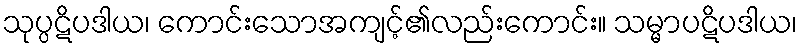
သုပ္ပဋိပဒါယ၊ ကောင်းသောအကျင့်၏လည်းကောင်း။ သမ္မာပဋိပဒါယ၊